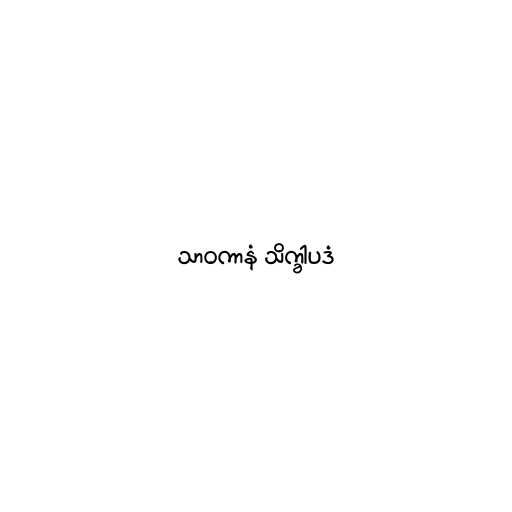
သာဝကာနံ သိက္ခါပဒံ